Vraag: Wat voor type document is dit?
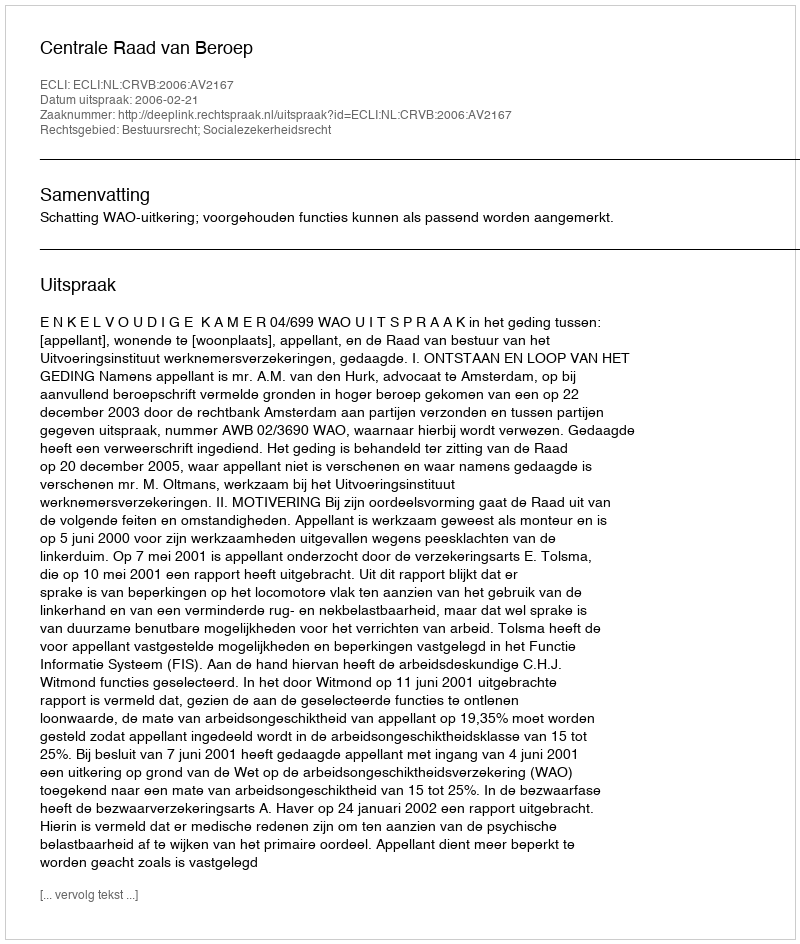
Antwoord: Uitspraak